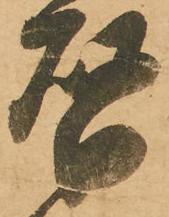
啓